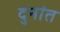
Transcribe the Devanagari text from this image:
दुनांत